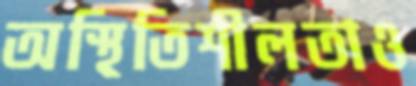
অস্থিতিশীলতাও